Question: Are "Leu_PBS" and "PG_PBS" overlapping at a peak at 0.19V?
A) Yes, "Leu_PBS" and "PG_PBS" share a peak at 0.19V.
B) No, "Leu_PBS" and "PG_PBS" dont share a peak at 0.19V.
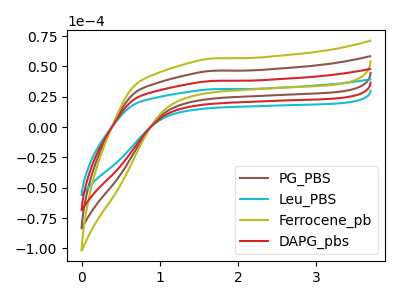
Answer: <think>The brown curve "PG_PBS" has no peaks. The cyan curve "Leu_PBS" has no peaks. The olive curve "Ferrocene_pb" has no peaks. The red curve "DAPG_pbs" has no peaks.</think>
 <answer>B) No, "Leu_PBS" and "PG_PBS" dont share a peak at 0.19V.</answer>
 <eval>B</eval>